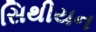
સિથીયન